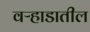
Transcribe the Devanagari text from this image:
वऱ्हाडातील